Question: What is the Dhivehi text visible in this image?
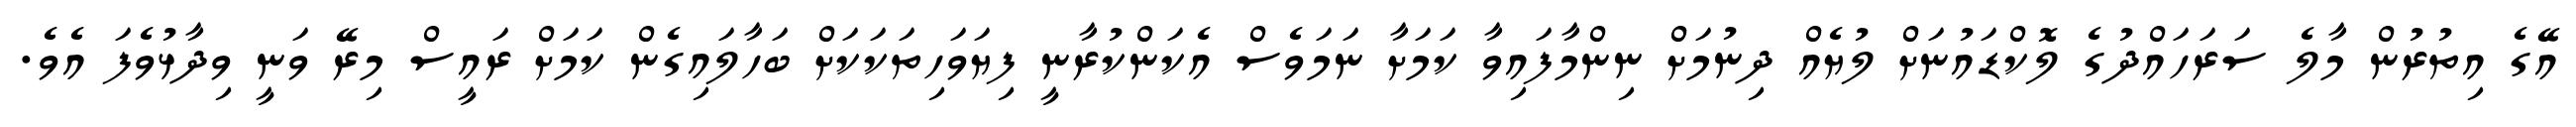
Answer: އޭގެ އިތުރުން މާލެ ސަރަހައްދުގެ ލޮކްޑައުނަށް ލުޔެއް ދިނުމަށް ނިންމާފައިވާ ކަމަށާ ނަމަވެސް އެކަންކުރާނީ ފިޔަވަހިތަކަކަށް ބަހާލައިގެން ކަމަށް ރައީސް މިރޭ ވަނީ ވިދާޅުވެފަ އެވެ.